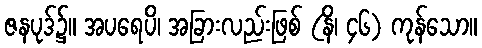
ဇနပုဒ်၌။ အပရေပိ၊ အခြားလည်းဖြစ် (နိ၊ ၄၆) ကုန်သော။